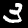
Digit: 3